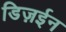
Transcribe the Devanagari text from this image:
डिज़ईन